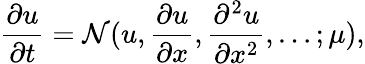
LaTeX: \frac{\partial u}{\partial t}=\mathcal{N}(u,\frac{\partial u}{\partial x},\frac{\partial^{2}u}{\partial x^{2}},\dots;\mu),